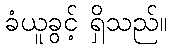
ခံယူခွင့် ရှိသည်။